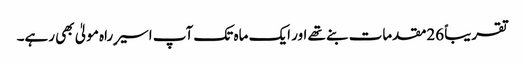
تقریباً 26مقدمات بنے تھے اور ایک ماہ تک آپ اسیر ِراہ مولیٰ بھی رہے۔